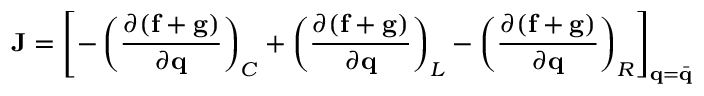
\mathbf { J } = \left[ - \left( \frac { \partial ( \mathbf { f } + \mathbf { g } ) } { \partial \mathbf { q } } \right) _ { C } + \left( \frac { \partial ( \mathbf { f } + \mathbf { g } ) } { \partial \mathbf { q } } \right) _ { L } - \left( \frac { \partial ( \mathbf { f } + \mathbf { g } ) } { \partial \mathbf { q } } \right) _ { R } \right] _ { \mathbf { q } = \Bar { \mathbf { q } } }